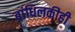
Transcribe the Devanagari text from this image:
बांधिलकीही